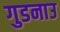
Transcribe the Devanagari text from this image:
गुडनाउ